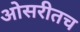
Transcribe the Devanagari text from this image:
ओसरीतच